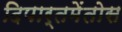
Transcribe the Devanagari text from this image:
दिपार्तमेंतोस